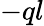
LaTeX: -ql